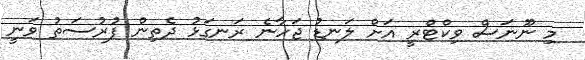
މި ނޫނަސް ވިކްޓްރީ އަށް ލަނޑު ޖަހާނެ ރަނގަޅު ދެތިން ފުރުސަތު ވަނީ